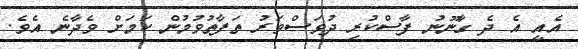
އެއީ އެ ދެ ގާނޫނު ފާސްކުރި ދުވަސްވަރު ތަފާތުވުމުން ކަމަށް ވެދާނެ އެވެ.